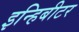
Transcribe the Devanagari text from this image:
इन्हिबीटर